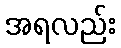
အရလည်း